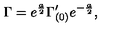
\Gamma = e ^ { \frac { a } { 2 } } \Gamma _ { ( 0 ) } ^ { \prime } e ^ { - { \frac { a } { 2 } } } ,